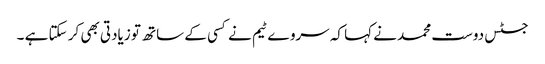
جسٹس دوست محمد نے کہا کہ سروے ٹیم نے کسی کے ساتھ تو زیادتی بھی کر سکتا ہے ۔